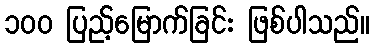
၁၀၀ ပြည့်မြောက်ခြင်း ဖြစ်ပါသည်။